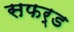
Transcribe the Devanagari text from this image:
सफर्ड